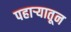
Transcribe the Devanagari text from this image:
पहाऱ्यातून